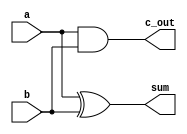
`timescale 1ns / 1ps
//////////////////////////////////////////////////////////////////////////////////
// Company: 
// Engineer: 
// 
// Design Name: 
// Module Name: half_adder
// Project Name: 
// Target Devices: 
// Tool Versions: 
// Description: 
// 
// Dependencies: 
// 
// Revision:
// Revision 0.01 - File Created
// Additional Comments:
// 
//////////////////////////////////////////////////////////////////////////////////


module half_adder(
    input a, 
    input b,
    output c_out,
    output sum
    );
    
    xor A1(sum, a, b);
    and A2(c_out, a, b);
     
endmodule